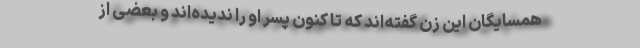
همسایگان این زن گفته‌اند که تا کنون پسر او را ندیده‌اند و بعضی از